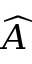
\widehat { A }